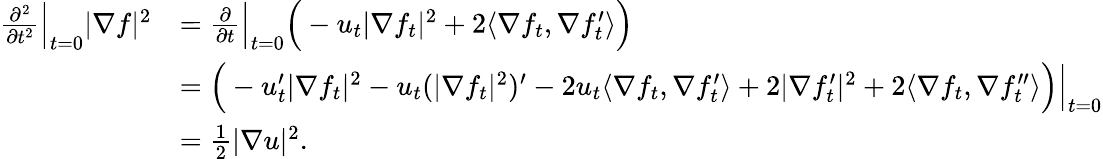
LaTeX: \begin{array}{rl}{\frac{\partial^{2}}{\partial t^{2}}\Big|_{t=0}|\nabla f|^{2}}&{=\frac{\partial}{\partial t}\Big|_{t=0}\Big(-u_{t}|\nabla f_{t}|^{2}+2\langle\nabla f_{t},\nabla f_{t}^{\prime}\rangle\Big)}\\ &{=\Big(-u_{t}^{\prime}|\nabla f_{t}|^{2}-u_{t}(|\nabla f_{t}|^{2})^{\prime}-2u_{t}\langle\nabla f_{t},\nabla f_{t}^{\prime}\rangle+2|\nabla f_{t}^{\prime}|^{2}+2\langle\nabla f_{t},\nabla f_{t}^{\prime\prime}\rangle\Big)\Big|_{t=0}}\\ &{=\frac{1}{2}|\nabla u|^{2}.}\end{array}